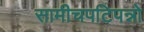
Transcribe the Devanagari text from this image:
सामीचपटिपन्नो